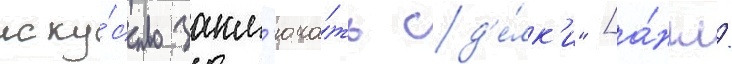
иску́сство закл'юча́ть сд'е́лк'и" [а́нгл.